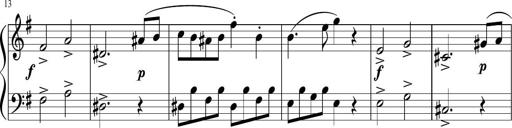
Title: 6 Progressive Sonatinas
Composer: Johann Anton AndrÃ©